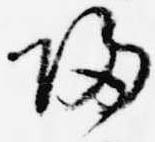
帰